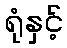
ရုံနှင့်